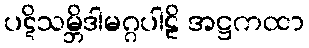
ပဋိသမ္ဘိဒါမဂ္ဂပါဠိ အဋ္ဌကထာ